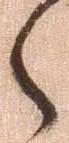
之